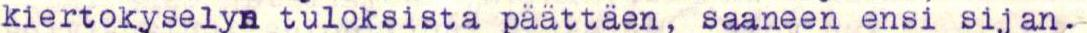
kiertokyselyn tuloksista päättäen, saaneen ensi sijan.